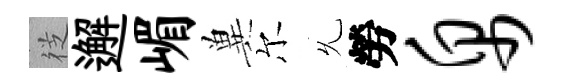
徔邂嵋兾尔𠃔勞帛